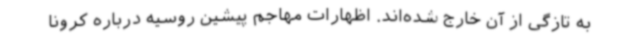
به تازگی از آن خارج شده‌اند. اظهارات مهاجم پیشین روسیه درباره کرونا